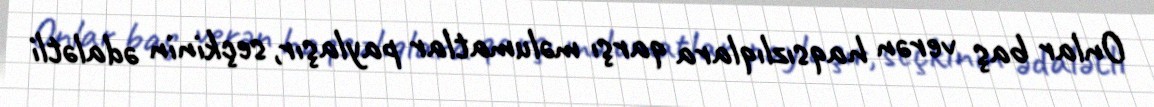
Onlar baş verən haqsızlıqlara qarşı məlumatlar paylaşır, seçkinin ədalətli